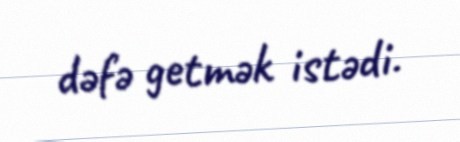
dəfə getmək istədi.